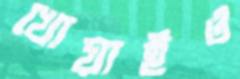
খোয়াইও